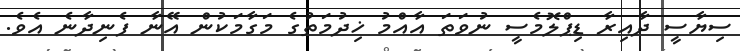
ސިޔާސީ ދާއިރާ ޑިޕްލޮމެސީ ނުވަތަ އާއްމު ޚިދުމަތުގެ މަގާމަކުން އޭނާ ފެނިދާނެ އެވެ.